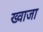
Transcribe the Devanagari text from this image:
ख्‍वाजा